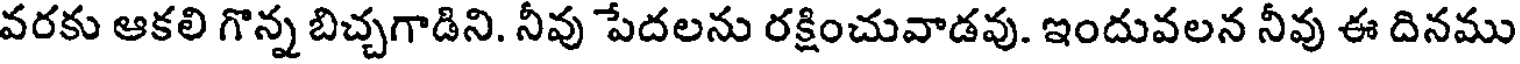
వరకు ఆకలి గొన్న బిచ్చగాడిని. నీవు పేదలను రక్షించువాడవు. ఇందువలన నీవు ఈ దినము